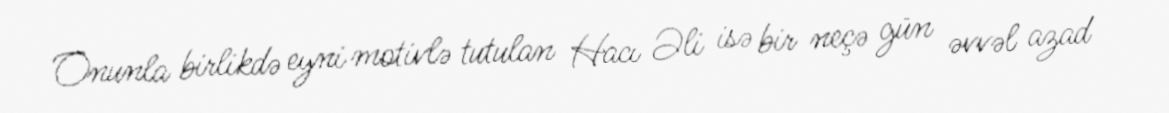
Onunla birlikdə eyni motivlə tutulan Hacı Əli isə bir neçə gün əvvəl azad